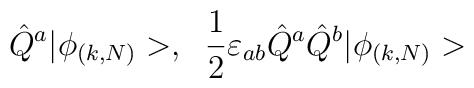
\hat{Q}^a|\phi_{(k,N)}>,\;\;\frac{1}{2}\varepsilon_{ab} \hat{Q}^a\hat{Q}^b|\phi_{(k,N)}>